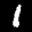
Label: 1